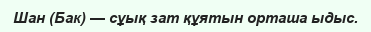
Шан (Бак) — сұық зат құятын орташа ыдыс.